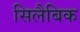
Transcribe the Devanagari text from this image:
सिलैबिक